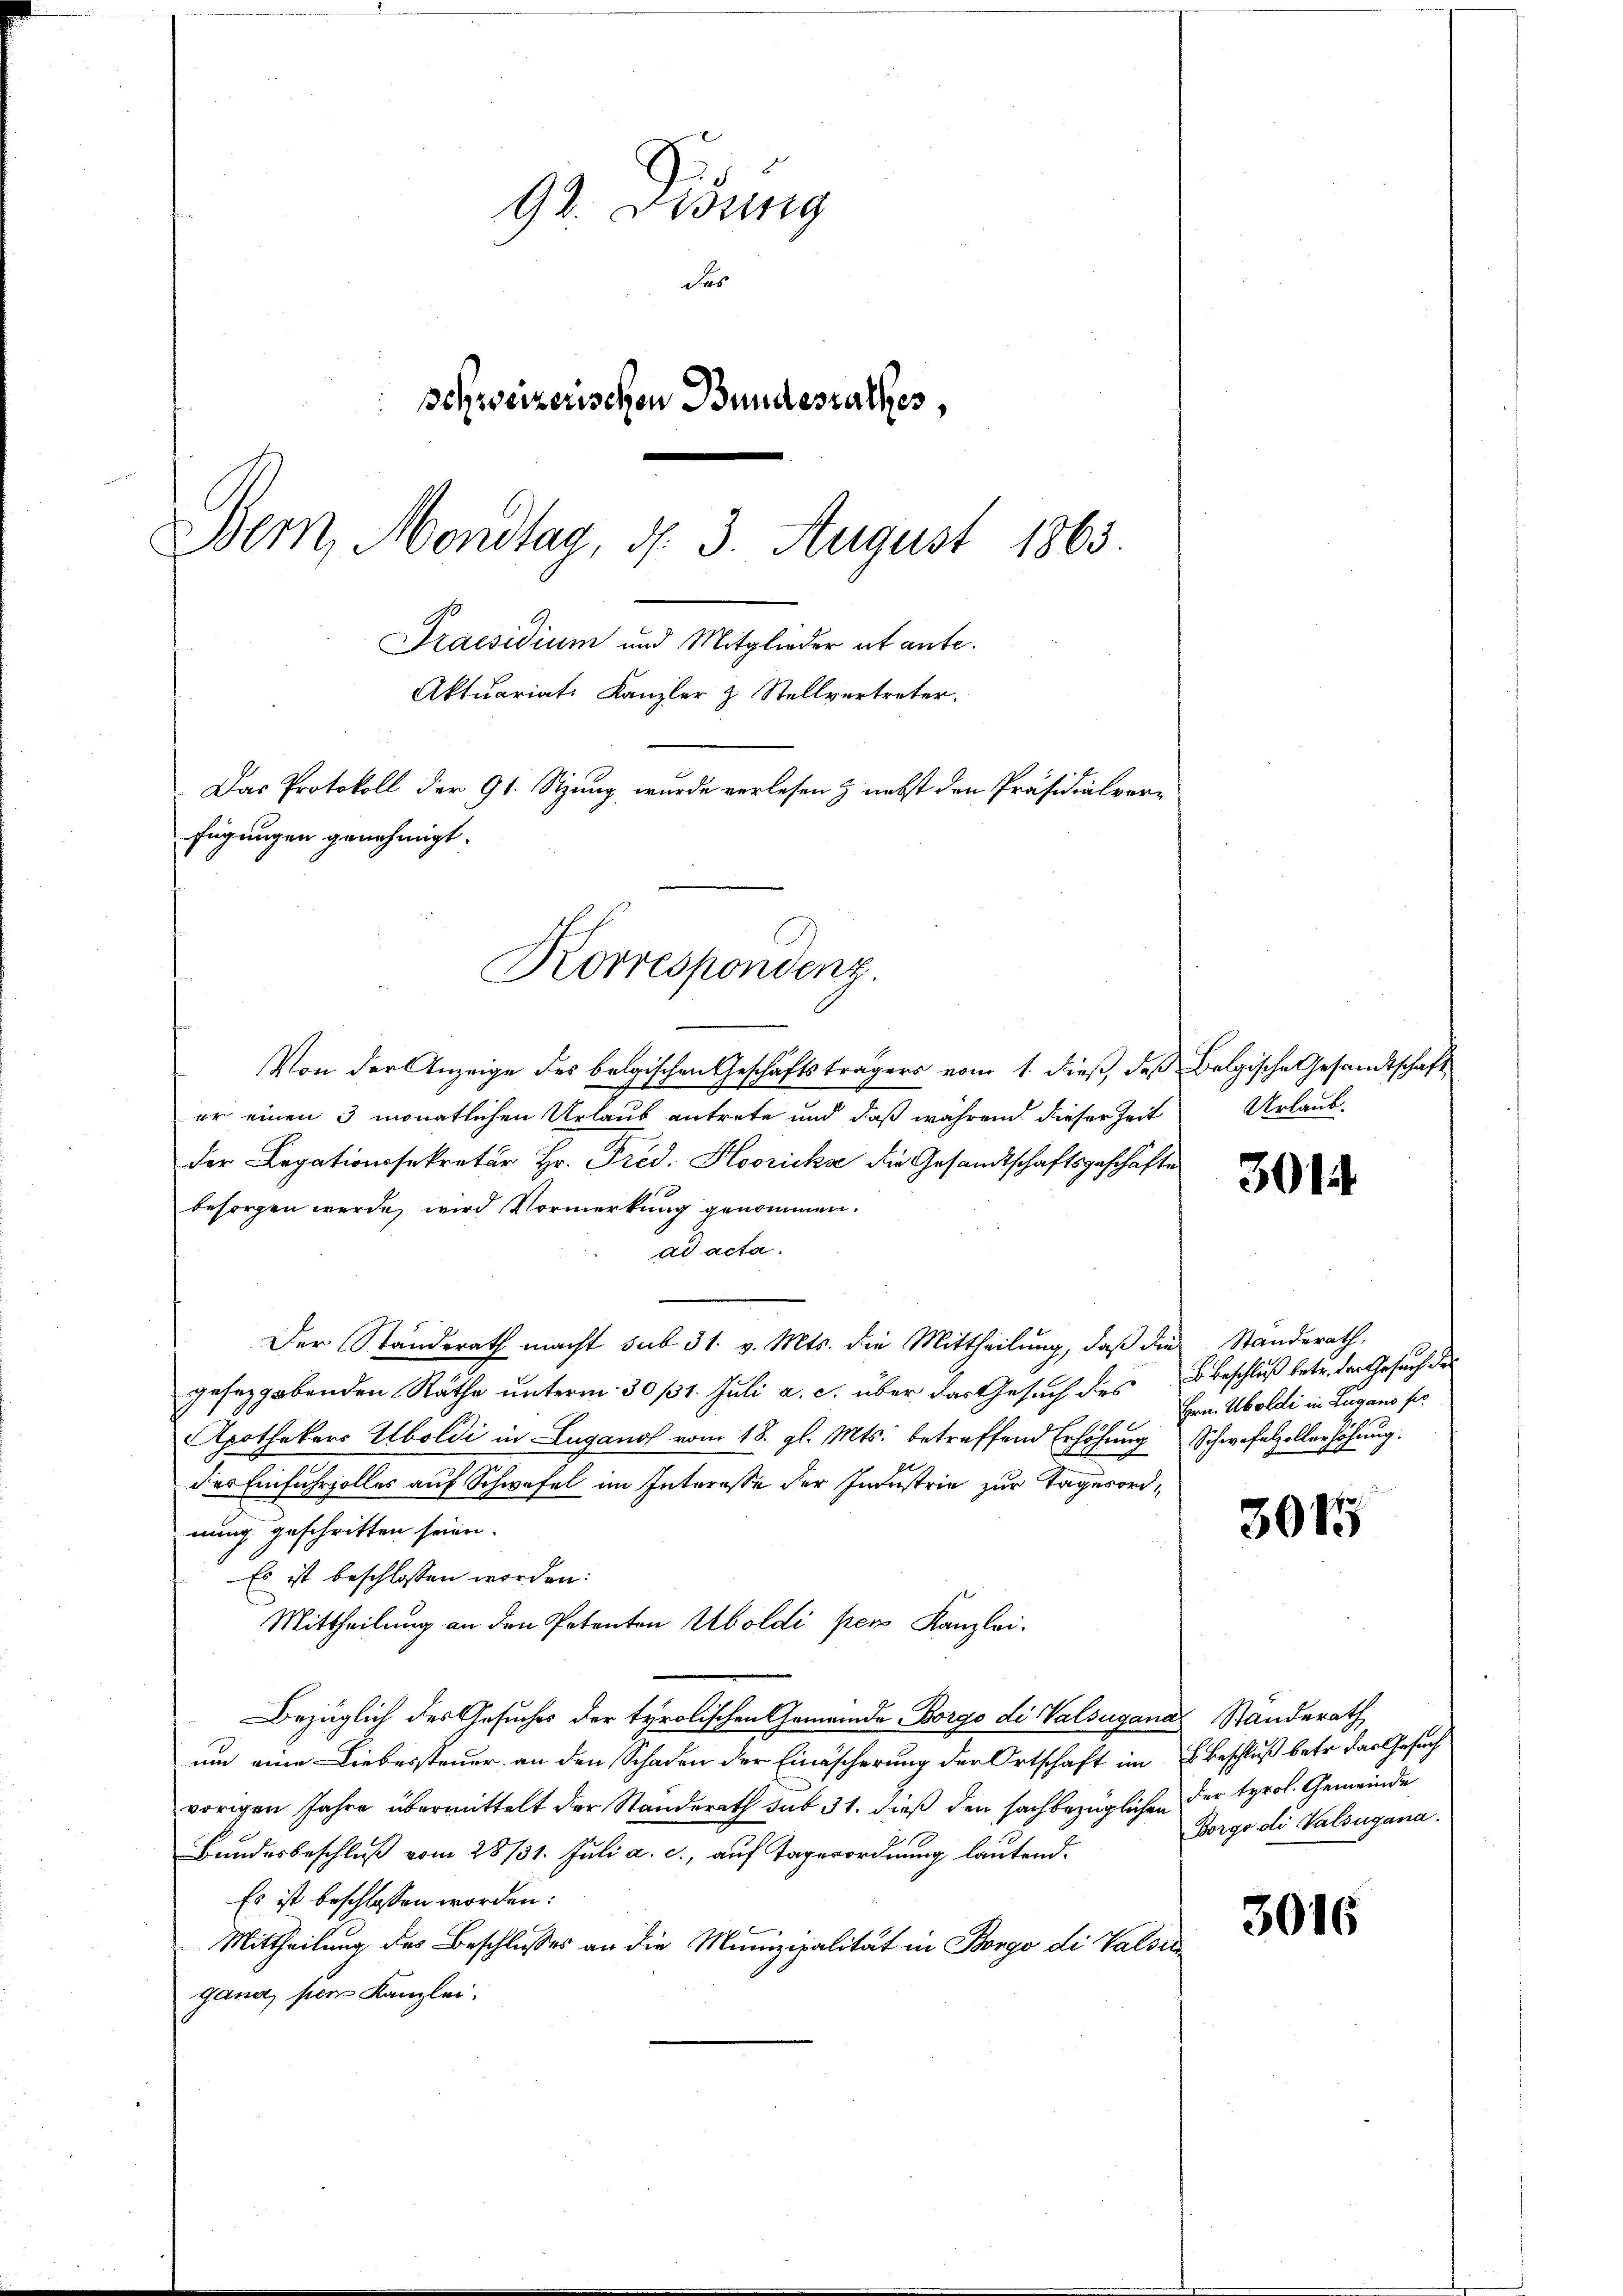
92. Lesung
das
schweizerischen Bundesrathes,
Bem, Mondtag, d. 3. August 1863.
Praesidium und Mitglieder ab ante¬
Aktuariats Kanzler z. Stellvertreter.
Das Protokoll der 91. Sitzung wurde verlesen & nebst den Präsidialverfügungen genehmigt.

Von der Anzeige des belgischen Geschäftsträgers vom 1. dieß, daß Belgische Gesandtschaft
er einen 3 monatlichen Urlaub antrete und daß während dieser Zeit
der Legationssekretär Hr. Frid. Hooricka die Gesandtschaftsgeschäfte
besorgen werde, wird Vormerkung genommen.
ad acta.
Der Standerath macht sub 31. v. Mts. die Mittheilŭng, daβ die Standerath,
gesetzgebenden Räthe unterm 30 131. Juli a. c. über das Gesuch des Beschluß betr. der Gesuch des
Apothekers Uboldi in Lugano vom 18. gl. Mts. betreffend Erhöhung Schwefelzollerhöhung
des Einfuhrzolles auf Schwafel im Interesse der Industrie zur Tagesordnung geschritten seien.
Es ist beschlossen worden:
Mittheilung an den Petenten Aboldi per Kanzlei.
Bezüglich des Gesuches der tyrolischen Gemeinde Borgo di Valsugana Standerath
um eine Liebessteuer an den Schaden der Einäscherung der Ortschaft im Beschluß betr. das Gesuch
vorigen Jahre übermittelt der Standerath sub 31. dieß den sachbezüglichen der tyrol. Gemeinde
Bandesbeschluß vom 28/31. Juli a. c., auf Tagerordnung lautend.
Es ist beschlossen worden:
Mittheilung des Beschlusses an die Munizipalität in Borgo di Valser
gana, per Kanzlei.

Korrespondenz.

Urlaub.

3014

Hrn. Aboldi in Lugano ser

3015

Borgo di Valsugana.

3016